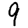
Digit: 9